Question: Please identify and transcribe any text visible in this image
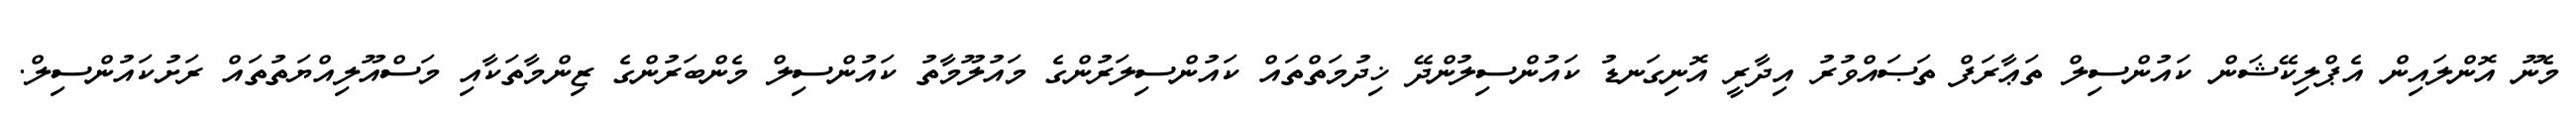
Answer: މެނޫ އޮންލައިން އެޕްލިކޭޝަން ކައުންސިލް ތަޢާރަފް ތަޞައްވުރު އިދާރީ އޮނިގަނޑު ކައުންސިލުންދޭ ޚިދުމަތްތައް ކައުންސިލަރުންގެ މައުލޫމާތު ކައުންސިލް މެންބަރުންގެ ޒިންމާތަކާއި މަސްއޫލިއްޔަތުތައް ރަށުކައުންސިލް.